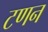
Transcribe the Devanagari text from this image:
टणन